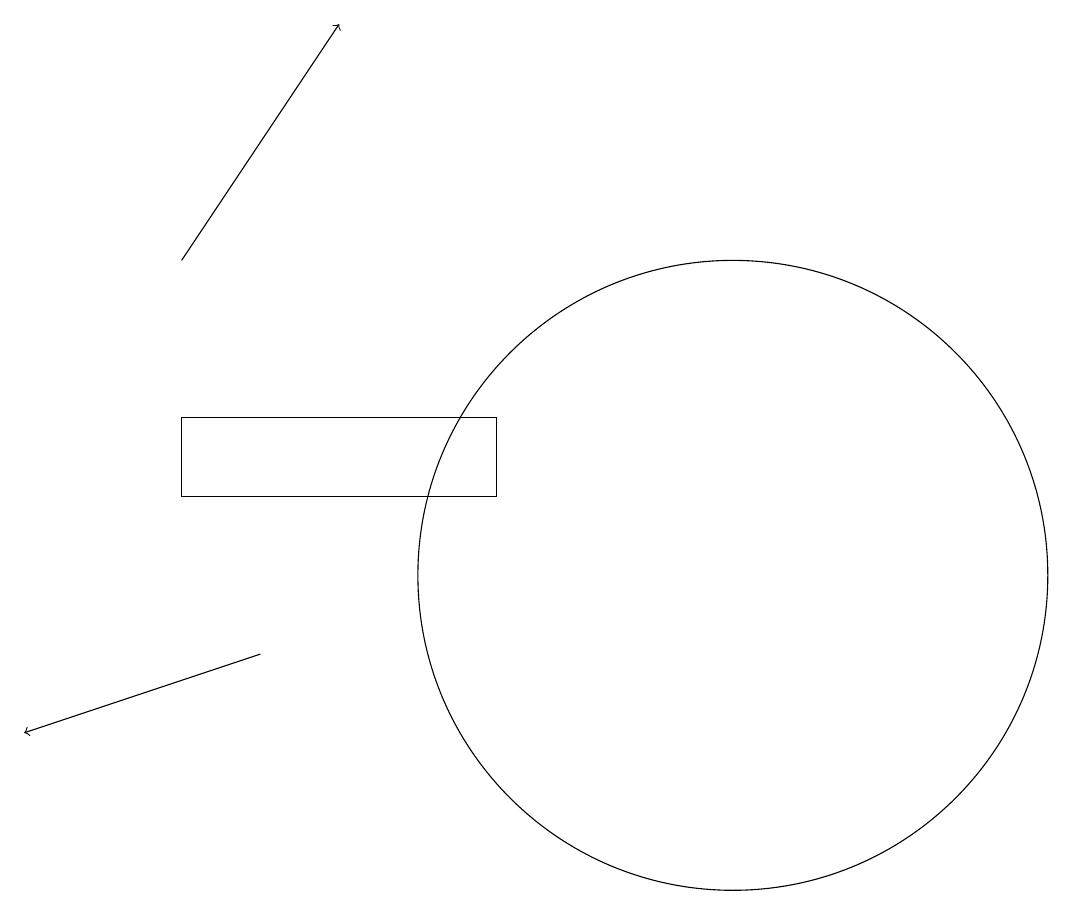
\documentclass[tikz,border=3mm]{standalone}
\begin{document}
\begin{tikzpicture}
\draw[->] (4,11) -- (1,10);
\draw (10,12) circle (4);
\draw[->] (3,16) -- (5,19);
\draw (3,14) rectangle (7,13);
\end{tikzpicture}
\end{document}